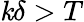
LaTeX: \mathit{k}\delta>T